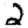
Digit: 2